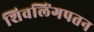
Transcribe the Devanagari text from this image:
शिवलिंगपतन